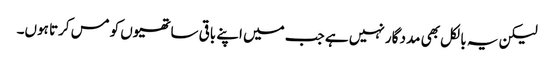
لیکن یہ بالکل بھی مدد گار نہیں ہے جب میں اپنے باقی ساتھیوں کو مس کرتا ہوں۔